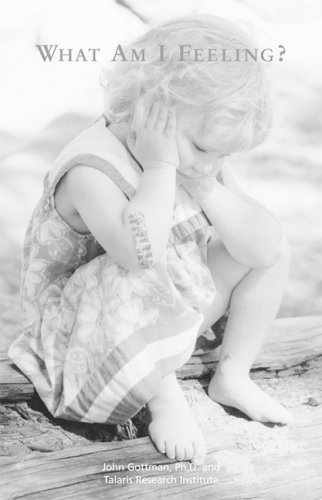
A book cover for What Am I Feeling?; John Gottman PhD; Self-Help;